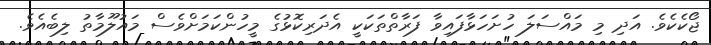
ޖޯކެކެވެ. އަދި މި މައްސަލަ ހުށަހަޅާފައިވާ ފަރާތްތަކަކީ އެދަރިކޮޅުގެ މީހުންކަމަށްވެސް މައުލޫމާތު ލިބެއެވެ.